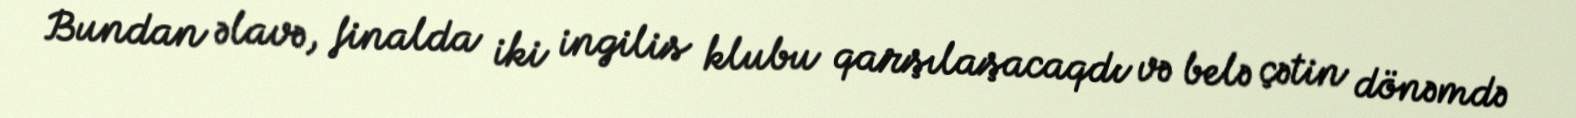
Bundan əlavə, finalda iki ingilis klubu qarşılaşacaqdı və belə çətin dönəmdə